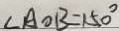
\angle A O B = 1 5 0 ^ { \circ }